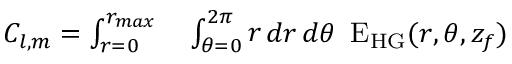
\begin{array} { r l } { C _ { l , m } = \int _ { r = 0 } ^ { r _ { m a x } } } & { { } \int _ { \theta = 0 } ^ { 2 \pi } \mathop { r } \mathop { d r } \mathop { d \theta } ~ \mathrm { E } _ { \mathrm { H G } } ( r , \theta , z _ { f } ) } \end{array}